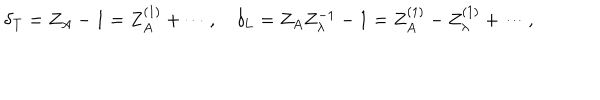
\delta _ { \mathrm { T } } = Z _ { A } - 1 = Z _ { A } ^ { ( 1 ) } + \cdots , \quad \delta _ { \mathrm { L } } = Z _ { A } Z _ { \lambda } ^ { - 1 } - 1 = Z _ { A } ^ { ( 1 ) } - Z _ { \lambda } ^ { ( 1 ) } + \cdots ,